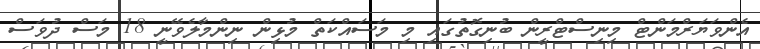
އެންވަޔަރްމަންޓް މިނިސްޓްރީން ބުނިގޮތުގައި މި މަސައްކަތް މުޅިން ނިންމާލެވޭނީ 18 މަސް ދުވަސް